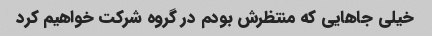
خیلی جاهایی که منتظرش بودم در گروه شرکت خواهیم کرد